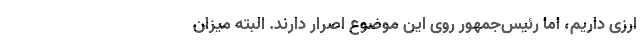
ارزی داریم، اما رئیس‌جمهور روی این موضوع اصرار دارند. البته میزان